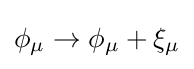
\phi _{\mu }\to \phi _{\mu }+\xi _{\mu }